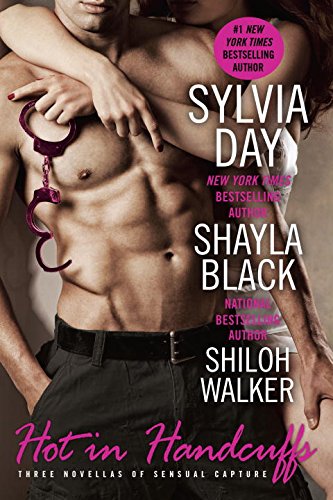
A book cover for Hot in Handcuffs; Shayla Black; Romance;